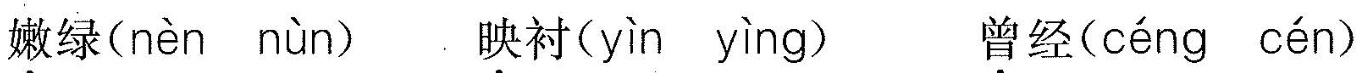
嫩绿( nèn nùn ) 映衬(yin yìng ) 曾经( céng cén )